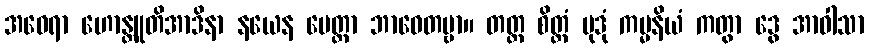
အဝေရာ ဟောန္တူတိအာဒိနာ နယေန မေတ္တာ ဘာဝေတဗ္ဗာ။ တတ္ထ စိတ္တံ မုဒုံ ကမ္မနိယံ ကတွာ ဒွေ အာဝါသာ